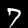
Label: 7